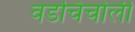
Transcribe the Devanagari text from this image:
वडचिंचोली